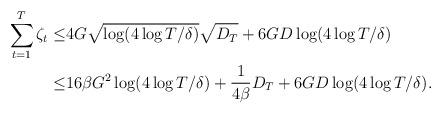
LaTeX: \begin{align*} \sum_{t=1}^T\zeta_t \leq& 4G\sqrt{\log(4\log T/\delta)}\sqrt{D_T} + 6GD\log(4\log T/\delta)\\ \leq &16\beta G^2\log(4\log T/\delta) + \frac{1}{4\beta}D_T + 6GD\log(4\log T/\delta).\end{align*}